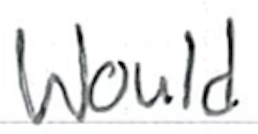
Text: Would
Cross-out: clean
Writing tool: ballpoint